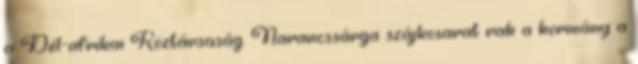
a Dél-afrikai Köztársaság. Narancssárga szájkosarat rak a kormány a